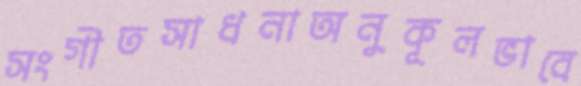
সংগীতসাধনাঅনুকূলভাবে